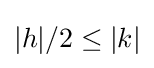
|h|/2\leq |k|